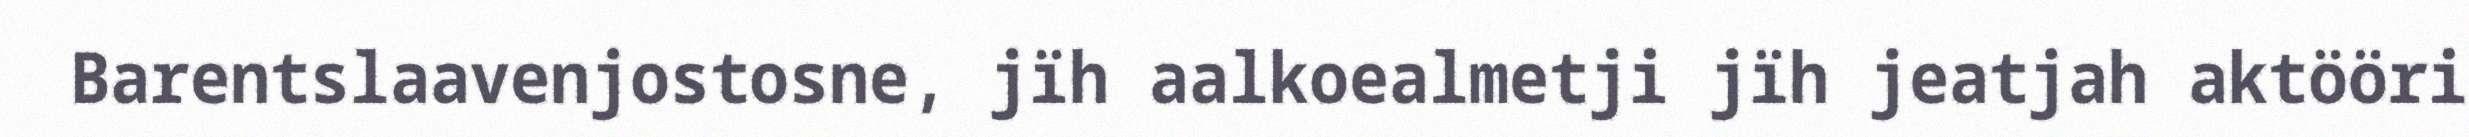
Barentslaavenjostosne, jïh aalkoealmetji jïh jeatjah aktööri